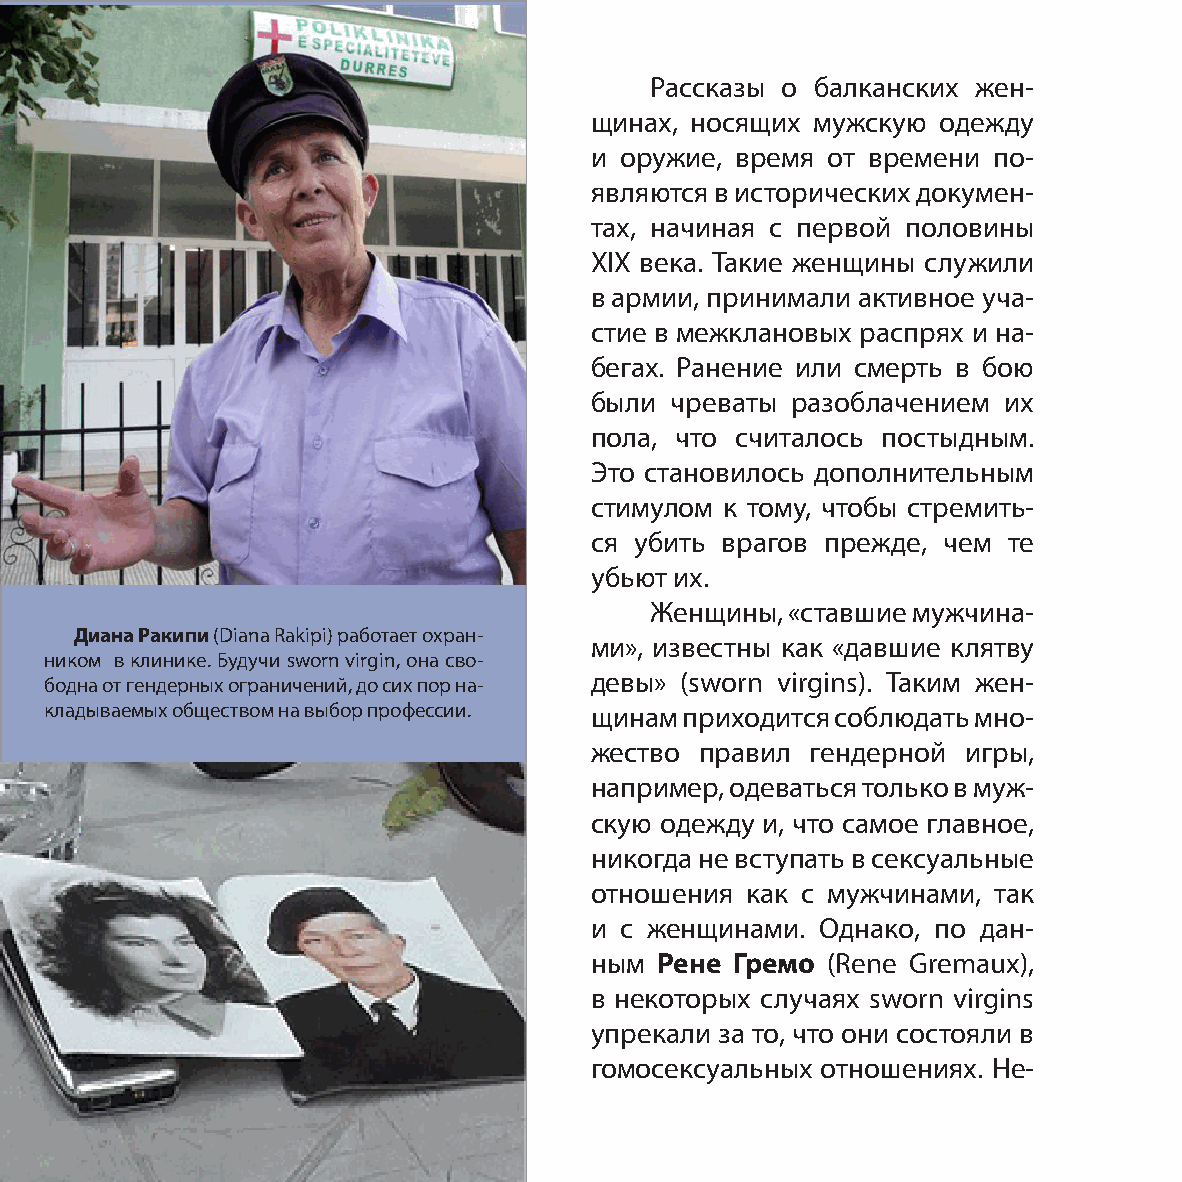
Рассказы о балканских жен-
 щинах, носящих мужскую одежду
 и оружие, время от времени по-
 являются в исторических докумен-
 тах, начиная с первой половины
 XIX века. Такие женщины служили
 в армии, принимали активное уча-
 стие в межклановых распрях и на-
 бегах. Ранение или смерть в бою
 были чреваты разоблачением их
 пола, что считалось постыдным.
 Это становилось дополнительным
 стимулом к тому, чтобы стремить-
 ся убить врагов прежде, чем те
 убьют их.
 Женщины, «ставшие мужчина-
 Диана Ракипи (Diana Rakipi) работает охран-
 ми», известны как «давшие клятву
 ником в клинике. Будучи sworn virgin, она сво-
 бодна от гендерных ограничений, до сих пор на- девы» (sworn virgins). Таким жен-
 кладываемых обществом на выбор профессии. щинам приходится соблюдать мно-
 жество правил  гендерной игры,
 например, одеваться только в муж-
 скую одежду и, что самое главное,
 никогда не вступать в сексуальные
 отношения как c мужчинами, так
 и с женщинами. Однако, по дан-
 ным Рене Гремо  (Rene Gremaux),
 в некоторых случаях sworn virgins
 упрекали за то, что они состояли в
 гомосексуальных отношениях. Не-